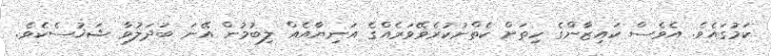
ކަމުގައެވެ. އެވެސް ކައިޒާންގެ ހިތަށް ކެތްނުކުރެވޭވަރެއްގެ އަނިޔާއެއް ލިބުމުން އޭނަ ބަދަލުވާ ޝަޚުސެކެވެ.